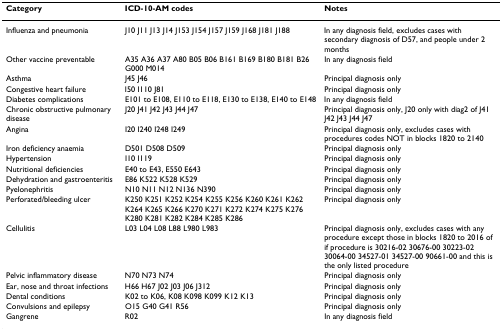
<table><thead><tr><td><b>Category</b></td><td><b>ICD-10-AM codes</b></td><td><b>Notes</b></td></tr></thead><tbody><tr><td>Influenza and pneumonia</td><td>J10 J11 J13 J14 J153 J154 J157 J159 J168 J181 J188</td><td>In any diagnosis field, excludes cases with secondary diagnosis of D57, and people under 2 months</td></tr><tr><td>Other vaccine preventable</td><td>A35 A36 A37 A80 B05 B06 B161 B169 B180 B181 B26 G000 M014</td><td>In any diagnosis field</td></tr><tr><td>Asthma</td><td>J45 J46</td><td>Principal diagnosis only</td></tr><tr><td>Congestive heart failure</td><td>I50 I110 J81</td><td>Principal diagnosis only</td></tr><tr><td>Diabetes complications</td><td>E101 to E108, E110 to E118, E130 to E138, E140 to E148</td><td>In any diagnosis field</td></tr><tr><td>Chronic obstructive pulmonary disease</td><td>J20 J41 J42 J43 J44 J47</td><td>Principal diagnosis only, J20 only with diag2 of J41 J42 J43 J44 J47</td></tr><tr><td>Angina</td><td>I20 I240 I248 I249</td><td>Principal diagnosis only, excludes cases with procedures codes NOT in blocks 1820 to 2140</td></tr><tr><td>Iron deficiency anaemia</td><td>D501 D508 D509</td><td>Principal diagnosis only</td></tr><tr><td>Hypertension</td><td>I10 I119</td><td>Principal diagnosis only</td></tr><tr><td>Nutritional deficiencies</td><td>E40 to E43, E550 E643</td><td>Principal diagnosis only</td></tr><tr><td>Dehydration and gastroenteritis</td><td>E86 K522 K528 K529</td><td>Principal diagnosis only</td></tr><tr><td>Pyelonephritis</td><td>N10 N11 N12 N136 N390</td><td>Principal diagnosis only</td></tr><tr><td>Perforated/bleeding ulcer</td><td>K250 K251 K252 K254 K255 K256 K260 K261 K262 K264 K265 K266 K270 K271 K272 K274 K275 K276 K280 K281 K282 K284 K285 K286</td><td>Principal diagnosis only</td></tr><tr><td>Cellulitis</td><td>L03 L04 L08 L88 L980 L983</td><td>Principal diagnosis only, excludes cases with any procedure except those in blocks 1820 to 2016 of if procedure is 30216-02 30676-00 30223-02 30064-00 34527-01 34527-00 90661-00 and this is the only listed procedure</td></tr><tr><td>Pelvic inflammatory disease</td><td>N70 N73 N74</td><td>Principal diagnosis only</td></tr><tr><td>Ear, nose and throat infections</td><td>H66 H67 J02 J03 J06 J312</td><td>Principal diagnosis only</td></tr><tr><td>Dental conditions</td><td>K02 to K06, K08 K098 K099 K12 K13</td><td>Principal diagnosis only</td></tr><tr><td>Convulsions and epilepsy</td><td>O15 G40 G41 R56</td><td>Principal diagnosis only</td></tr><tr><td>Gangrene</td><td>R02</td><td>In any diagnosis field</td></tr></tbody></table>